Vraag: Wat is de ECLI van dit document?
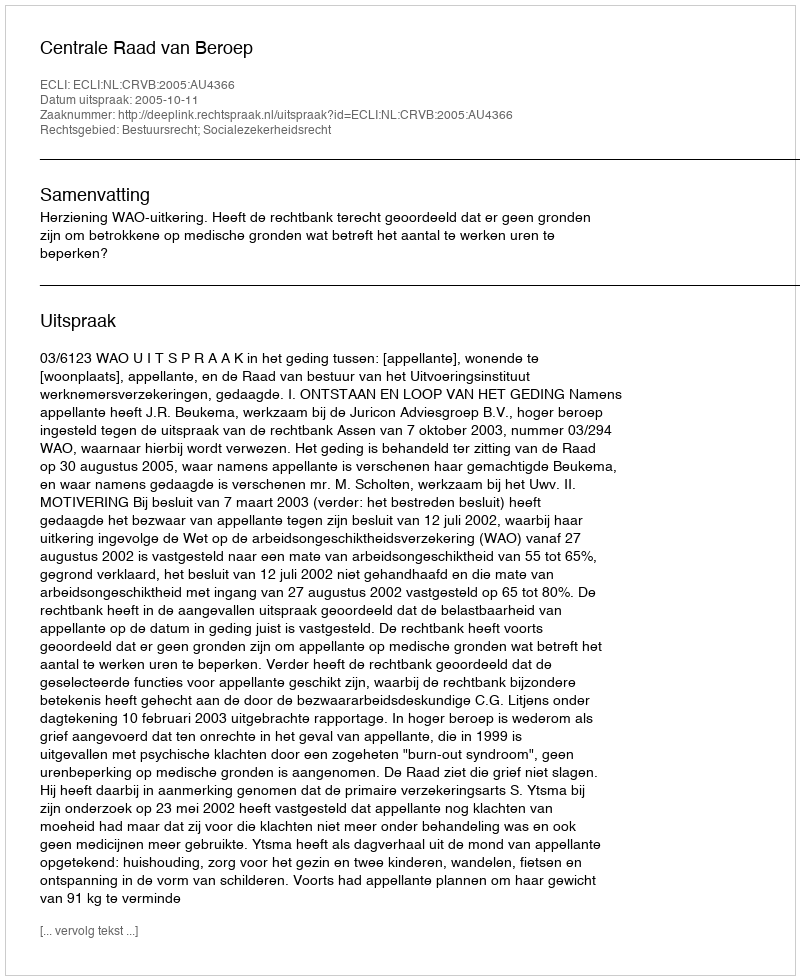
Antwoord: ECLI:NL:CRVB:2005:AU4366